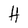
Character: H